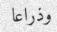
وذراعا